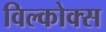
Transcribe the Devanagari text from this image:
विल्कोक्स